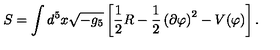
S = \int d ^ { 5 } x \sqrt { - g _ { 5 } } \left[ \frac { 1 } { 2 } R - \frac { 1 } { 2 } \left( \partial \varphi \right) ^ { 2 } - V ( \varphi ) \right] .